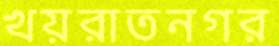
খয়রাতনগর